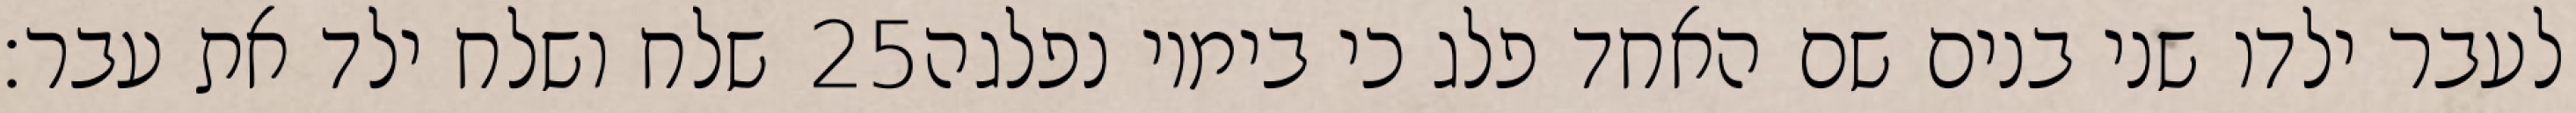
שלח ושלח ילד את עבר׃ ‎25‏ לעבר ילדו שני בנים שם האחד פלג כי בימיו נפלגה